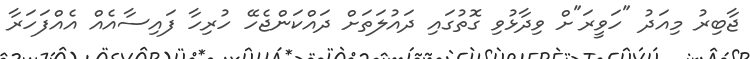
ޖާބިރު މިއަދު "ހަވީރަ"ށް ވިދާޅުވި ގޮތުގައި ދައުލަތަށް ދައްކަންޖެހޭ ހުރިހާ ފައިސާއެއް އެއްފަހަރާ